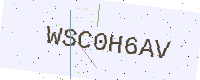
Text: WSC0H6AV